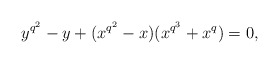
\begin{align*}y^{q^2}-y+(x^{q^2}-x)(x^{q^3}+x^q)=0,\end{align*}